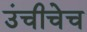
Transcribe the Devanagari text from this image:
उंचीचेच